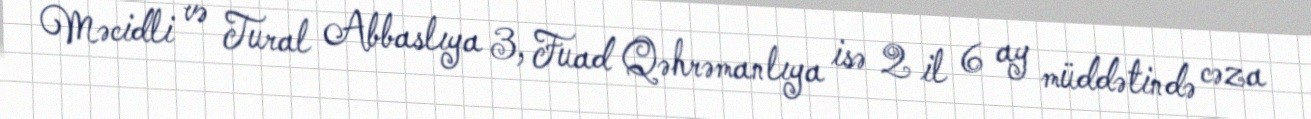
Məcidli və Tural Abbaslıya 3, Fuad Qəhrəmanlıya isə 2 il 6 ay müddətində cəza